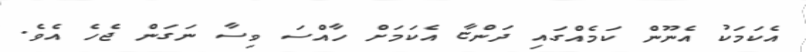
އެކަމަކު އެނޫން ކަމެއްގައި ދަންޏާ އެކަމަށް ހާއްސަ ވިސާ ނަގަން ޖެހެ އެވެ.